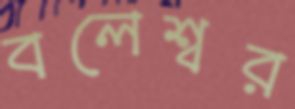
বলেশ্বর